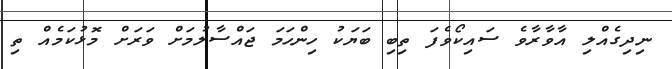
ނިދިގެއްލި އާވާރާވެ ސައިކޯވެފަ ތިބި ބަޔަކު ހިންހަމަ ޖައްސާލުމަށް ވަރަށް މޮޅުކަމެއް ތި